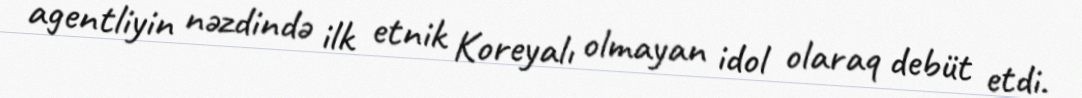
agentliyin nəzdində ilk etnik Koreyalı olmayan idol olaraq debüt etdi.